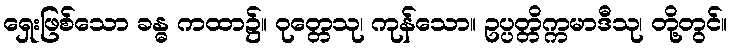
ရှေးဖြစ်သော ခန္ဓ ကထာ၌။ ဝုတ္တေသု၊ ကုန်သော။ ဥပ္ပတ္တိက္ကမာဒီသု၊ တို့တွင်။